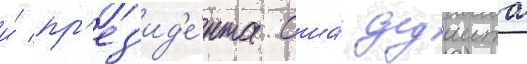
и́ пр'ез'ид'е́нта сша́ дуаита